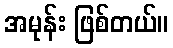
အမုန်း ဖြစ်တယ်။